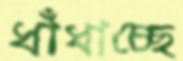
ধাঁধাচ্ছে